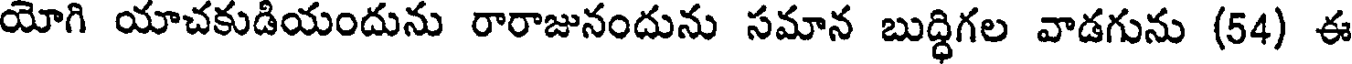
యోగి యాచకుడియందును రారాజునందును సమాన బుద్ధిగల వాడగును (54) ఈ